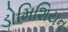
ડોમિશિયન